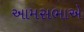
આમસભાએ